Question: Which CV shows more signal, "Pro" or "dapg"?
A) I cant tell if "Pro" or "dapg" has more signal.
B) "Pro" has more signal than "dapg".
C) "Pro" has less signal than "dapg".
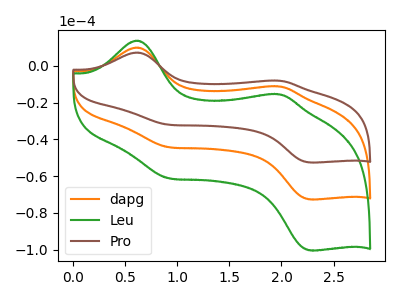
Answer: <think>The orange curve "dapg" has anodic peaks at (0.60V, 9.85uA) (2.00V, -11.25uA) and cathodic peaks at (0.90V, -44.25uA) (2.30V, -72.65uA). The green curve "Leu" has anodic peaks at (0.60V, 19.70uA) (2.00V, -22.50uA) and cathodic peaks at (0.90V, -88.50uA) (2.30V, -145.35uA). The brown curve "Pro" has anodic peaks at (0.60V, 7.15uA) (2.00V, -8.15uA) and cathodic peaks at (0.90V, -32.00uA) (2.30V, -52.60uA).
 All the peaks in "Pro" have a peak in "dapg" at the same potential.</think>
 <answer>A) I cant tell if "Pro" or "dapg" has more signal.</answer>
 <eval>A</eval>